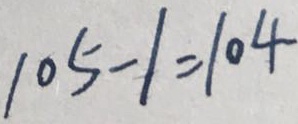
1 0 5 - 1 = 1 0 4